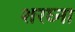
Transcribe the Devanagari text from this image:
शरघ्ना